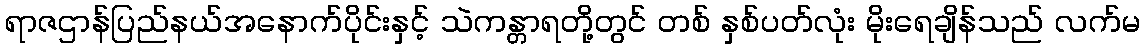
ရာဇဌာန်ပြည်နယ်အနောက်ပိုင်းနှင့် သဲကန္တာရတို့တွင် တစ် နှစ်ပတ်လုံး မိုးရေချိန်သည် လက်မ